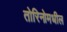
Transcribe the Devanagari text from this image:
तोरिनोमधील